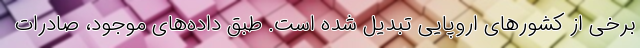
برخی از کشورهای اروپایی تبدیل شده است. طبق داده‌های موجود، صادرات